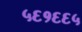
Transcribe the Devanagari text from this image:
५६१६६५